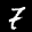
Digit: 7